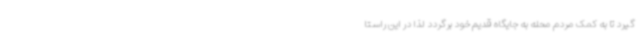
گیرد تا به کمک مردم محله به جایگاه قدیم خود برگردد لذا در این راستا